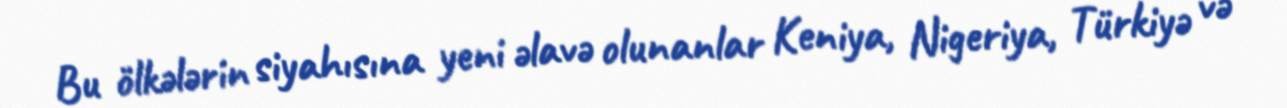
Bu ölkələrin siyahısına yeni əlavə olunanlar Keniya, Nigeriya, Türkiyə və